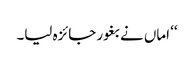
‘‘ اماں نے بغور جائزہ لیا۔